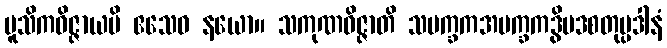
မူသိကဝိဇ္ဇာယပိ ဧသေဝ နယော။ သကုဏဝိဇ္ဇာတိ သပက္ခကအပက္ခကဒွိပဒစတုပ္ပဒါနံ